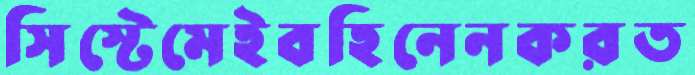
সিস্টেমেইবহিনেনকরত